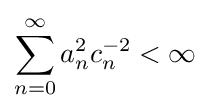
\sum _{n=0}^{\infty }a_{n}^{2}c_{n}^{-2}<\infty